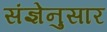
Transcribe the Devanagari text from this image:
संज्ञेनुसार